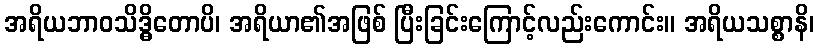
အရိယဘာဝသိဒ္ဓိတောပိ၊ အရိယာ၏အဖြစ် ပြီးခြင်းကြောင့်လည်းကောင်း။ အရိယသစ္စာနိ၊